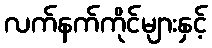
လက်နက်ကိုင်များနှင့်